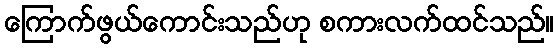
ကြောက်ဖွယ်ကောင်းသည်ဟု စကားလက်ထင်သည်။